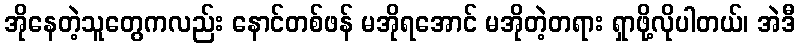
အိုနေတဲ့သူတွေကလည်း နောင်တစ်ဖန် မအိုရအောင် မအိုတဲ့တရား ရှာဖို့လိုပါတယ်၊ အဲဒီ